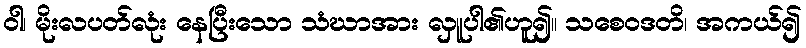
ဝါ၊ မိုးလပတ်လုံး နေပြီးသော သံဃာအား လှူပါ၏ဟူ၍။ သစေဝဒတိ၊ အကယ်၍